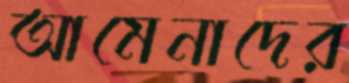
আমেনাদের